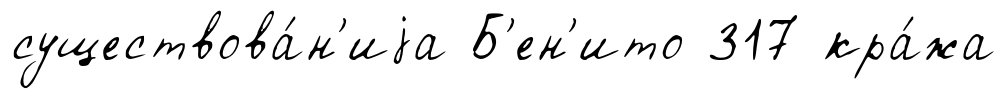
существова́н'иjа Б'ен'ито 317 кра́жа